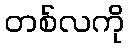
တစ်လကို